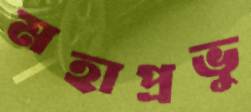
মহাপ্রভু